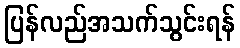
ပြန်လည်အသက်သွင်းရန်